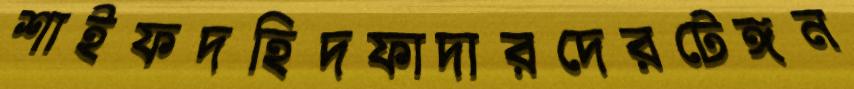
শাইফদহিদফাদারদেরটেঙ্গন